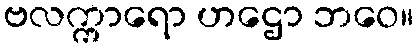
ဗလက္ကာရော ဟဌော ဘဝေ။